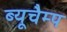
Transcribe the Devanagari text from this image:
ब्यूचैम्प